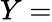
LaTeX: Y=